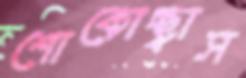
শোকোচ্ছ্বাস